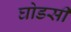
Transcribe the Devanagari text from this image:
घोडसी